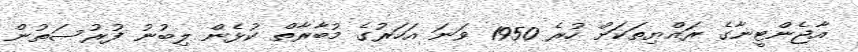
އާޖެންޓީނާގެ ރައްޔިތަކަށް ހުރެ 1950 ވަނަ އަހަރުގެ މުބާރާތް ކުޅެން ލިބުނު ފުރުސަތުން